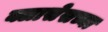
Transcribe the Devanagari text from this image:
क्लासेसच्या